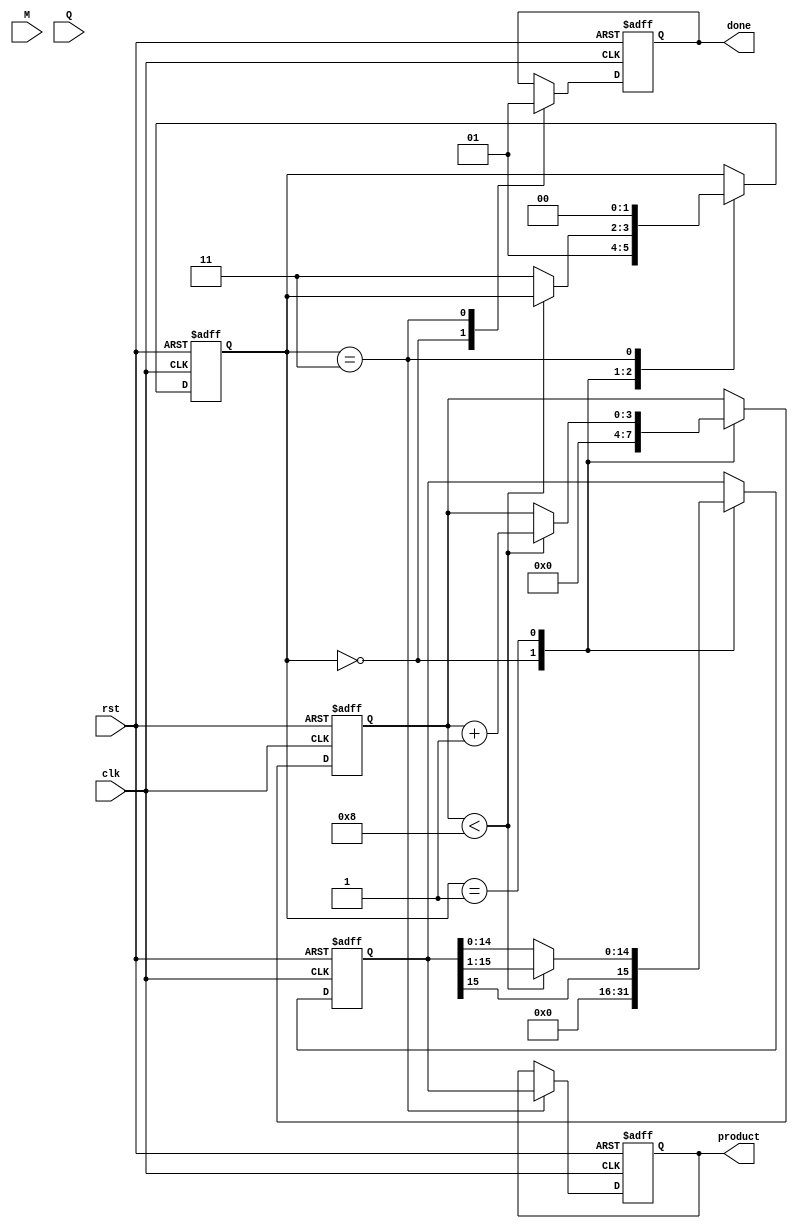
module modified_booth_multiplier #(
    parameter WIDTH = 8 // Bit-width for multiplicand and multiplier
)(
    input wire clk,
    input wire rst,
    input wire [WIDTH-1:0] M, // Multiplicand
    input wire [WIDTH-1:0] Q, // Multiplier
    output reg [2*WIDTH-1:0] product, // Final product
    output reg done // Indicates completion of multiplication
);

    reg [WIDTH-1:0] Q_reg; // Multiplier register
    reg [WIDTH-1:0] M_reg; // Multiplicand register
    reg [WIDTH:0] Q_minus_1; // Previous bit of Q
    reg [2*WIDTH-1:0] A; // Accumulator
    reg [3:0] count; // Counter for iterations
    reg [1:0] state; // State for FSM

    localparam IDLE = 2'b00, RUN = 2'b01, SHIFT = 2'b10, DONE = 2'b11;

    always @(posedge clk or posedge rst) begin
        if (rst) begin
            // Reset all registers
            A <= 0;
            Q_reg <= Q;
            M_reg <= M;
            Q_minus_1 <= 0;
            count <= 0;
            state <= IDLE;
            product <= 0;
            done <= 0;
        end else begin
            case (state)
                IDLE: begin
                    // Initialize the registers and start the process
                    A <= 0;
                    Q_reg <= Q;
                    M_reg <= M;
                    Q_minus_1 <= 0;
                    count <= 0;
                    state <= RUN;
                    done <= 0;
                end

                RUN: begin
                    if (count < WIDTH) begin
                        // Booth encoding logic
                        case ({Q_reg[0], Q_minus_1})
                            2'b00: begin
                                // No action
                            end
                            2'b01: begin
                                // Add M to A
                                A <= A + {M_reg, 1'b0}; // Shift M left
                            end
                            2'b10: begin
                                // Subtract M from A
                                A <= A - {M_reg, 1'b0}; // Shift M left
                            end
                            2'b11: begin
                                // No action
                            end
                        endcase

                        // Prepare for the next iteration
                        Q_minus_1 <= Q_reg[0]; // Update Q-1
                        A <= {A[2*WIDTH-1], A[2*WIDTH-1:1]}; // Right shift A
                        Q_reg <= {A[0], Q_reg[WIDTH-1:1]}; // Right shift Q
                        count <= count + 1;
                    end else begin
                        state <= DONE; // Move to DONE state
                    end
                end

                DONE: begin
                    product <= A; // Store the final product
                    done <= 1; // Indicate completion
                    state <= IDLE; // Reset to IDLE for next operation
                end
            endcase
        end
    end
endmodule